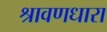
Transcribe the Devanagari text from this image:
श्रावणधारा